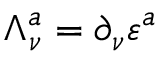
\Lambda _ { \nu } ^ { a } = \partial _ { \nu } \varepsilon ^ { a }